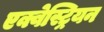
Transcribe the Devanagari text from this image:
एक्वेस्ट्रियन